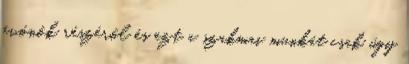
óvónők részéről és ezt a szakmai munkát csak úgy